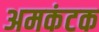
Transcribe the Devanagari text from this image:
अमकंटक